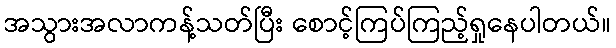
အသွားအလာကန့်သတ်ပြီး စောင့်ကြပ်ကြည့်ရှုနေပါတယ်။